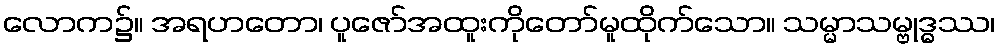
လောက၌။ အရဟတော၊ ပူဇော်အထူးကိုတော်မူထိုက်သော။ သမ္မာသမ္ဗုဒ္ဓဿ၊